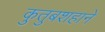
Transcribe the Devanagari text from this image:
कुतुबशहाने